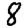
Digit: 8